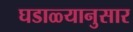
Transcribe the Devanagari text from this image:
घडाळ्यानुसार